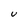
Character: U